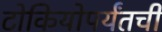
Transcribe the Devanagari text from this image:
टोकियोपर्यंतची